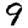
Digit: 9